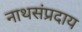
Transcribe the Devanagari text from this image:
नाथसंप्रदाय